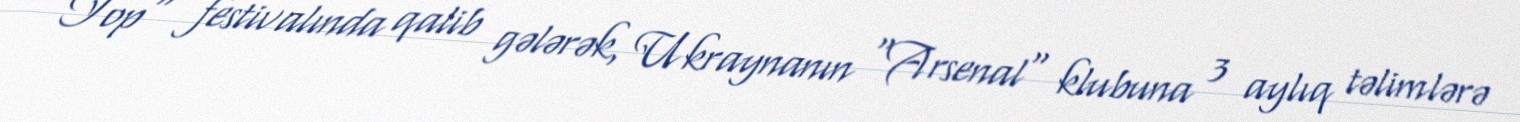
"Top" festivalında qalib gələrək, Ukraynanın "Arsenal" klubuna 3 aylıq təlimlərə